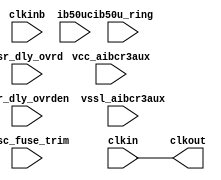
// SPDX-License-Identifier: Apache-2.0
// Copyright (C) 2019 Intel Corporation. 
// Library - aibcr3aux_lib, Cell - aibcr3aux_inclkdly, View - schematic
// LAST TIME SAVED: Mar 20 15:20:57 2015
// NETLIST TIME: Mar 20 15:26:36 2015

`ifdef TIMESCALE_EN
`timescale 1ps/1ps
`endif

module aibcr3aux_inclkdly
 
#(
 parameter PERIOD = 500
)
(
output clkout,

input  clkin, clkinb, csr_dly_ovrden, ib50u_ring, ib50uc, vcc_aibcr3aux,
     vssl_aibcr3aux,

input [3:0]  csr_dly_ovrd,
input [9:0]  iosc_fuse_trim
);
//wire vssl , net033 , nbias , vbias , nocon0 , net032 ;




 
assign #PERIOD clkout =  clkin;

endmodule